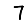
Digit: 7